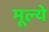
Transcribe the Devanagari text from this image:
मूल्‍ये